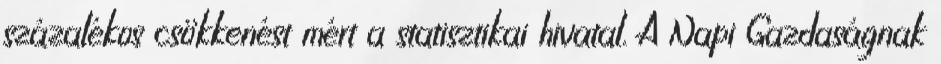
százalékos csökkenést mért a statisztikai hivatal. A Napi Gazdaságnak